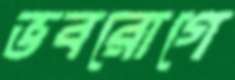
ভবরোগে